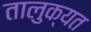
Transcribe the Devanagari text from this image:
तालुक्यत